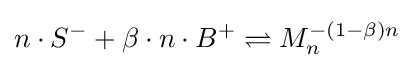
n\cdot S^{-}+\beta \cdot n\cdot B^{+}\rightleftharpoons M_{n}^{-(1-\beta )n}